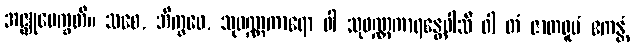
အဇ္ဈုပေက္ခတိ။ သစေ, ဘိက္ခဝေ, သုဝဏ္ဏကာရော ဝါ သုဝဏ္ဏကာရန္တေဝါသီ ဝါ တံ ဇာတရူပံ ဧကန္တံ